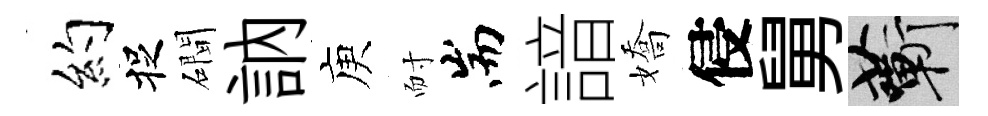
约捉磵訥庾耐耑諳嬌侵舅蔪